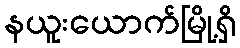
နယူးယောက်မြို့ရှိ